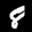
Label: 8